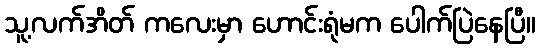
သူ့လက်အိတ် ကလေးမှာ ဟောင်းရုံမက ပေါက်ပြဲနေပြီ။